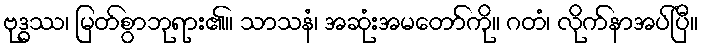
ဗုဒ္ဓဿ၊ မြတ်စွာဘုရား၏။ သာသနံ၊ အဆုံးအမတော်ကို။ ဂတံ၊ လိုက်နာအပ်ပြီ။